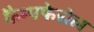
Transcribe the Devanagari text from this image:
कैम्पफेरोल